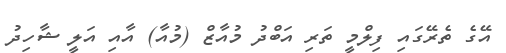
އޭގެ ތެރޭގައި ފިލްމީ ތަރި އަބްދު މުއާޒް (މުއާ) އާއި އަލީ ޝާހިދު